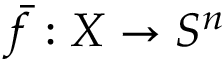
{ \bar { f } } : X \to S ^ { n }